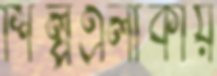
শিল্পএলাকায়